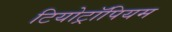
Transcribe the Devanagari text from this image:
टियोट्रॉपियम